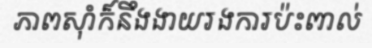
ភាពស៊ាំក៏នឹងងាយរងការប៉ះពាល់